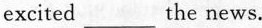
excited___the news.